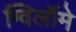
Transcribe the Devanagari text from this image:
ग्विलॉमे